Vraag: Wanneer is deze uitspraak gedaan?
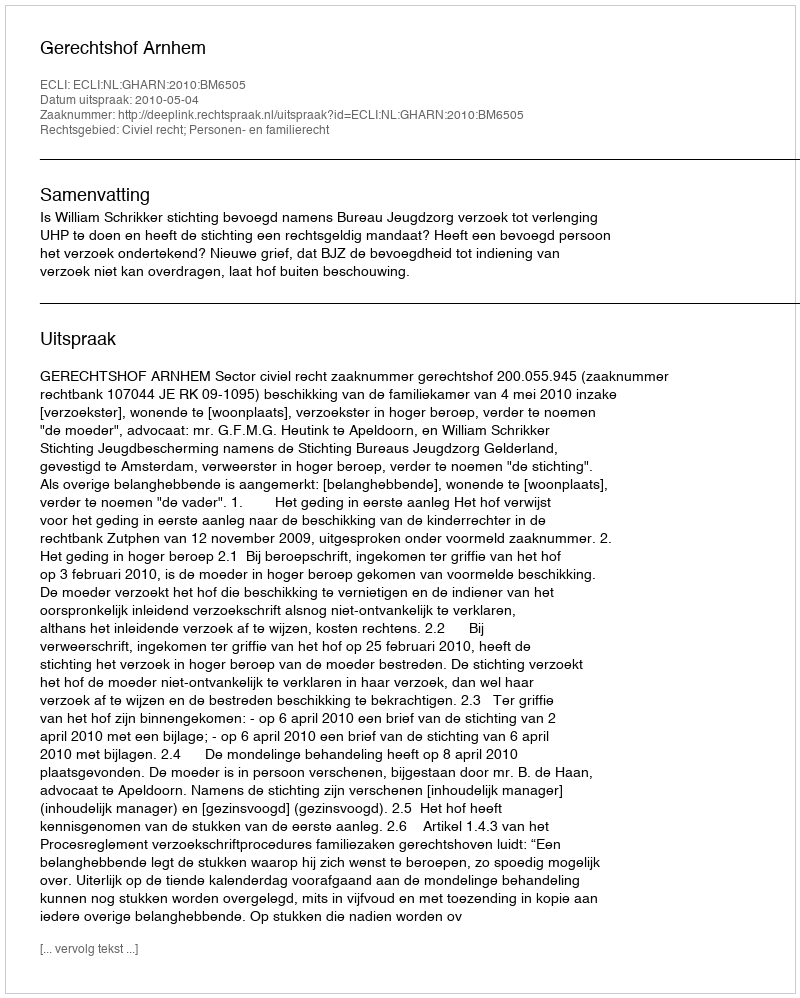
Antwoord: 2010-05-04